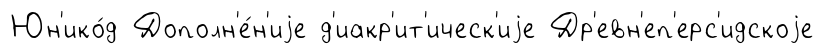
Юн'ико́д Дополн'е́н'иjе д'иакр'ит'ическ'иjе Др'евн'еп'ерс'идскоjе